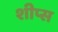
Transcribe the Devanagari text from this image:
शीप्स